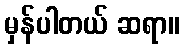
မှန်ပါတယ် ဆရာ။